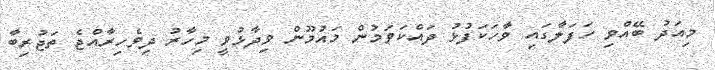
މިއަދު ބޭއްވި ހަފަލާގައި ވާހަކަފުޅު ދައްކަވަމުން މައުމޫން ވިދާޅުވީ މިހާރު ދިވެހިރާއްޖެ ތަޖުރިބާ